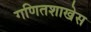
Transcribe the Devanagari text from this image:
गणितशाखेस